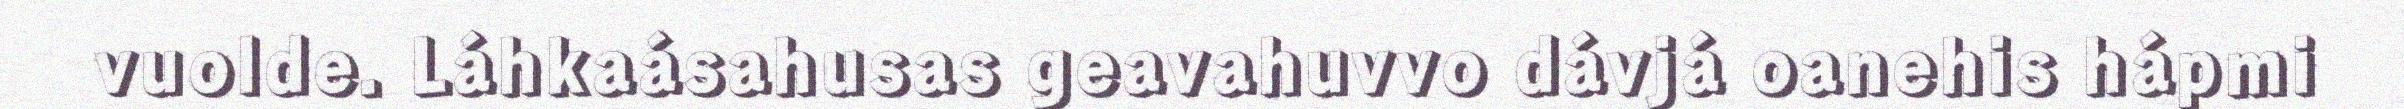
vuolde. Láhkaásahusas geavahuvvo dávjá oanehis hápmi